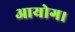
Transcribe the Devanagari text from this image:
आयोग।